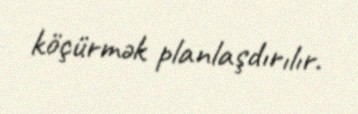
köçürmək planlaşdırılır.